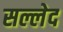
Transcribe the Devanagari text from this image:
सल्लेद